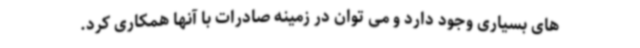
های بسیاری وجود دارد و می توان در زمینه صادرات با آنها همکاری کرد.